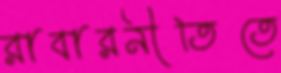
রাবারনীতিতে